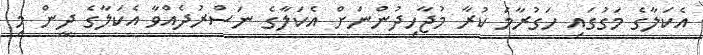
އެކަލާގެ މަގުގައި ހަގުރާމަ ކުރާ މުޖާހިދުންނަށް އެކަލާގެ ނަސްރުދެއްވާ އެކަލާގެ ދީން މި